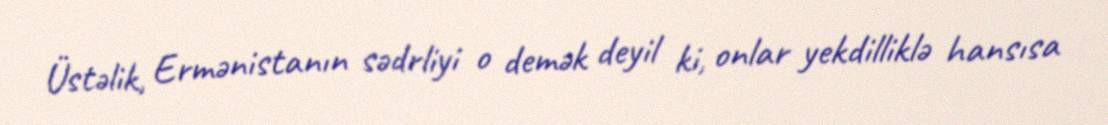
Üstəlik, Ermənistanın sədrliyi o demək deyil ki, onlar yekdilliklə hansısa